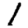
Digit: 1